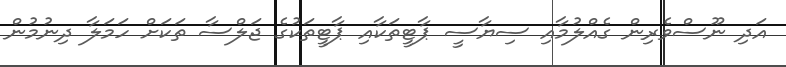
އަދި ނޫސްވެރިން ގެއްލުމާއި ސިޔާސީ ޕާޓީތަކާއި ޕާޓީތަކުގެ ޖަލްސާ ތަކަށް ހަމަލާ ދިނުމުން